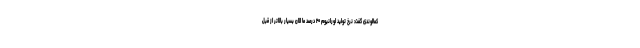
کمالوندی گفت: نرخ تولید اورانیوم ۲۰ درصد ما الان بسیار بالاتر از قبل